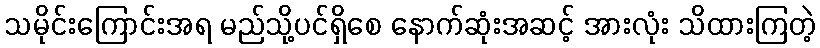
သမိုင်းကြောင်းအရ မည်သို့ပင်ရှိစေ နောက်ဆုံးအဆင့် အားလုံး သိထားကြတဲ့